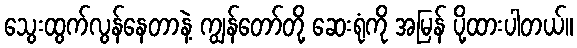
သွေးထွက်လွန်နေတာနဲ့ ကျွန်တော်တို့ ဆေးရုံကို အမြန် ပို့ထားပါတယ်။